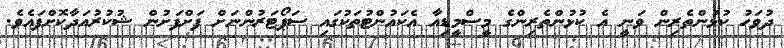
ދުވަހު ކުޅުންތެރިން ވަނީ އެ ކުޅުންތެރިންގެ މީސްމީޑިއާ އެކައުންޓުތަކުގައި ސަޕޯޓަރުންނަށް ފަށްފަށުން ޝުކުރުއަދާކޮށްފައެވެ.